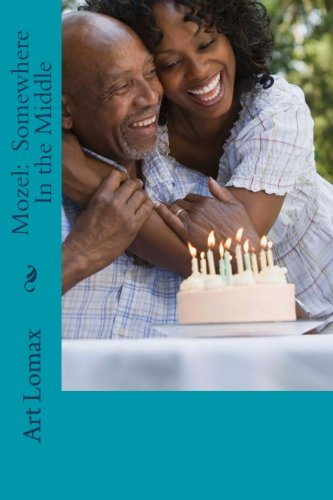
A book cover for Mozel:  Somewhere In the Middle; Art Lomax; Parenting & Relationships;